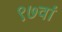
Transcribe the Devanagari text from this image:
९७वां